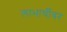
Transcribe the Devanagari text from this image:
लाभार्थीवर